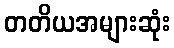
တတိယအများဆုံး